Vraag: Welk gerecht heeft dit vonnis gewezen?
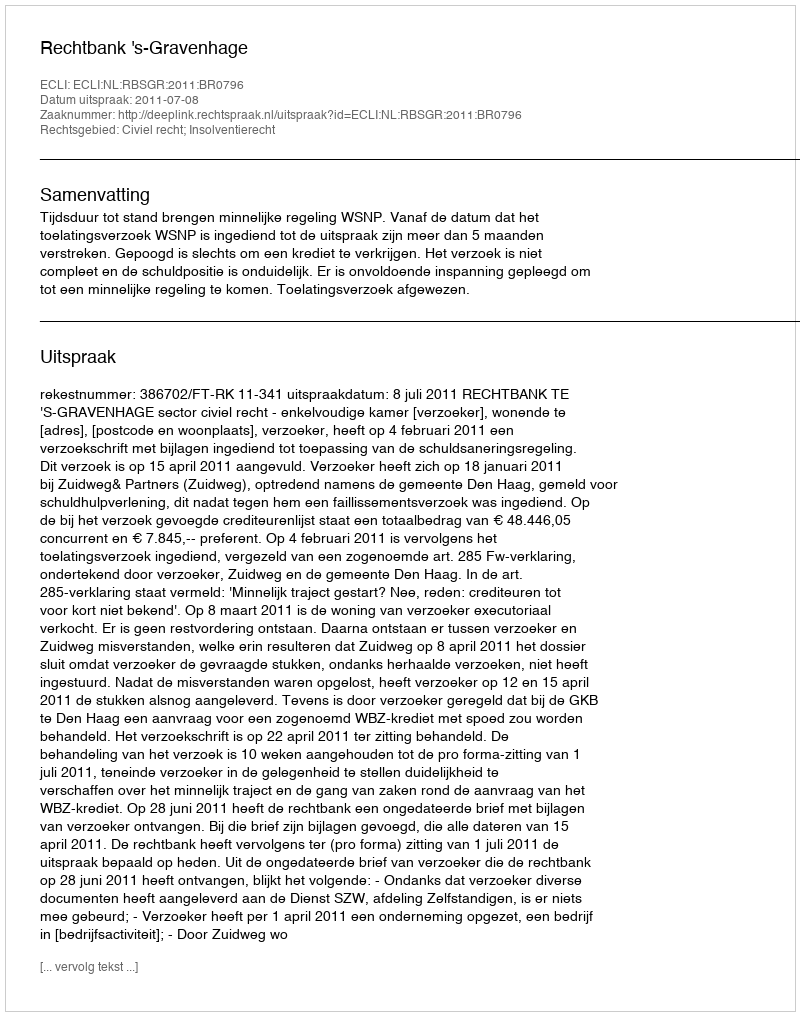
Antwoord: Rechtbank 's-Gravenhage